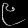
Digit: ၉